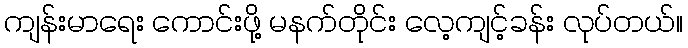
ကျန်းမာရေး ကောင်းဖို့ မနက်တိုင်း လေ့ကျင့်ခန်း လုပ်တယ်။